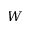
W